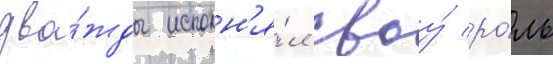
два́жды исполн'я́л своу́ ро́ль